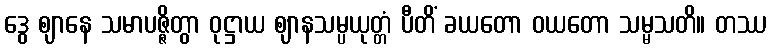
ဒွေ ဈာနေ သမာပဇ္ဇိတွာ ဝုဋ္ဌာယ ဈာနသမ္ပယုတ္တံ ပီတိံ ခယတော ဝယတော သမ္မသတိ။ တဿ